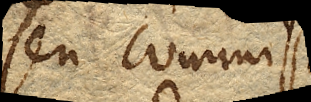
seu commissuram